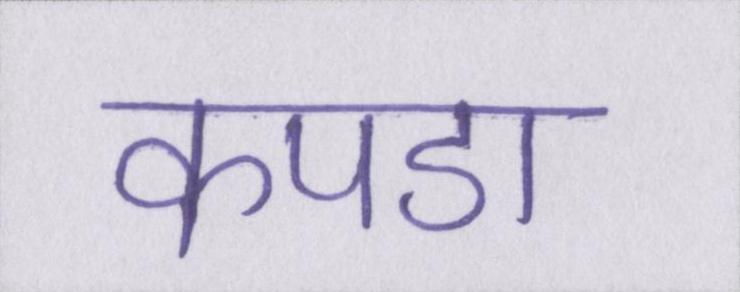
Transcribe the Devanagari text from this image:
कपडा